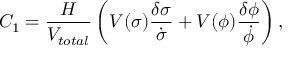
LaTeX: C _ { 1 } = \frac { H } { V _ { t o t a l } } \left( V ( \sigma ) \frac { \delta \sigma } { \dot { \sigma } } + V ( \phi ) \frac { \delta \phi } { \dot { \phi } } \right) ,